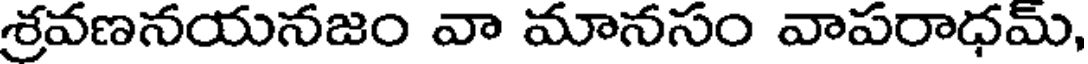
శ్రవణనయనజం వా మానసం వాపరాధమ్,